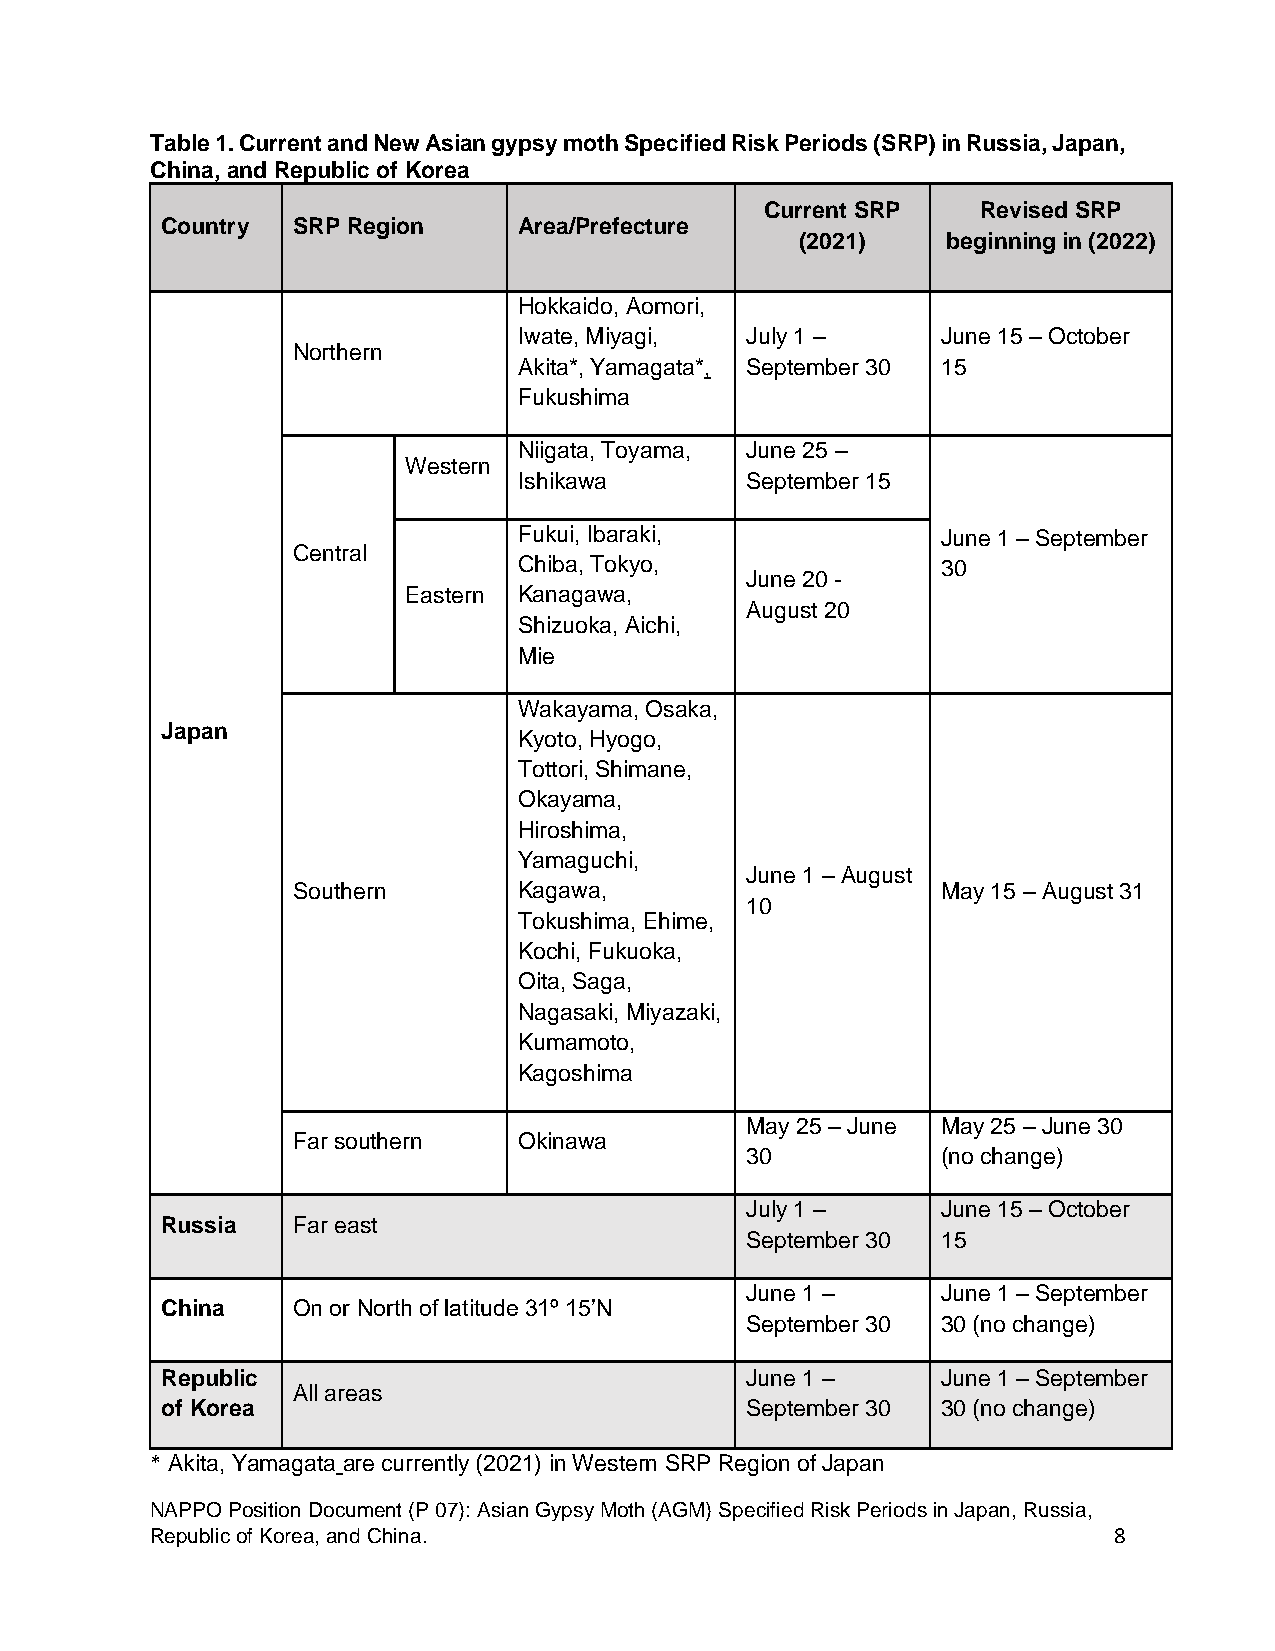
Table 1. Current and New Asian gypsy moth Specified Risk Periods (SRP) in Russia, Japan,
 China, and Republic of Korea
 Current SRP   Revised SRP
 Country SRP Region     Area/Prefecture
 (2021)    beginning in (2022)
 Hokkaido, Aomori,
 Iwate, Miyagi, July 1 –     June 15 – October
 Northern
 Akita*, Yamagata*, September 30 15
 Fukushima
 Niigata, Toyama, June 25 –
 Western
 Ishikawa       September 15
 Fukui, Ibaraki,             June 1 – September
 Central
 Chiba, Tokyo,               30
 June 20 -
 Eastern Kanagawa,
 August 20
 Shizuoka, Aichi,
 Mie
 Wakayama, Osaka,
 Japan
 Kyoto, Hyogo,
 Tottori, Shimane,
 Okayama,
 Hiroshima,
 Yamaguchi,
 June 1 – August
 Southern       Kagawa,                     May 15 – August 31
 10
 Tokushima, Ehime,
 Kochi, Fukuoka,
 Oita, Saga,
 Nagasaki, Miyazaki,
 Kumamoto,
 Kagoshima
 May 25 – June May 25 – June 30
 Far southern   Okinawa
 30           (no change)
 July 1 –     June 15 – October
 Russia  Far east
 September 30 15
 June 1 –     June 1 – September
 China   On or North of latitude 31º 15’N
 September 30 30 (no change)
 Republic                              June 1 –     June 1 – September
 All areas
 of Korea                              September 30 30 (no change)
 * Akita, Yamagata are currently (2021) in Western SRP Region of Japan
 NAPPO Position Document (P 07): Asian Gypsy Moth (AGM) Specified Risk Periods in Japan, Russia,
 Republic of Korea, and China.                                   8